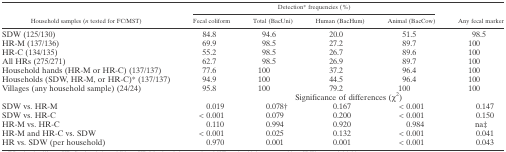
| <ROWSPAN=2> Household samples (n tested for FC/MST) | <COLSPAN=4> Detection* frequencies (%) | <ROWSPAN=2> Any fecal marker |
 | Fecal coliform | Total (BacUni) | Human (BacHum) | Animal (BacCow) |
 | --- | --- | --- | --- | --- | --- |
 | SDW (125/130) | 84.8 | 94.6 | 20.0 | 51.5 | 98.5 |
 | HR-M (137/136) | 69.9 | 98.5 | 27.2 | 89.7 | 100 |
 | HR-C (134/135) | 55.2 | 98.5 | 26.7 | 89.6 | 100 |
 | All HRs (275/271) | 62.7 | 98.5 | 26.9 | 89.7 | 100 |
 | Household hands (HR-M or HR-C) (137/137) | 77.6 | 100 | 37.2 | 96.4 | 100 |
 | Households (SDW, HR-M, or HR-C)* (137/137) | 94.9 | 100 | 44.5 | 96.4 | 100 |
 | Villages (any household sample) (24/24) | 95.8 | 100 | 79.2 | 100 | 100 |
 |  | <COLSPAN=5> Significance of differences (χ2) |
 | SDW vs. HR-M | 0.019 | 0.078† | 0.167 | < 0.001 | 0.147 |
 | SDW vs. HR-C | < 0.001 | 0.079 | 0.200 | < 0.001 | 0.150 |
 | HR-M vs. HR-C | 0.110 | 0.994 | 0.920 | 0.984 | na‡ |
 | HR-M and HR-C vs. SDW | < 0.001 | 0.025 | 0.132 | < 0.001 | 0.041 |
 | HR vs. SDW (per household) | 0.970 | 0.001 | 0.001 | < 0.001 | 0.043 |